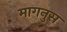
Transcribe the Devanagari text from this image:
मागनुस